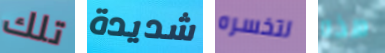
تلك شديدة لتخسره هذه